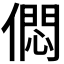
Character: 𠎒